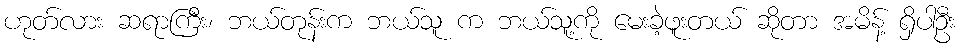
ဟုတ်လား ဆရာကြီး၊ ဘယ်တုန်းက ဘယ်သူ က ဘယ်သူ့ကို မေးခဲ့ဖူးတယ် ဆိုတာ အမိန့် ရှိပါဦး